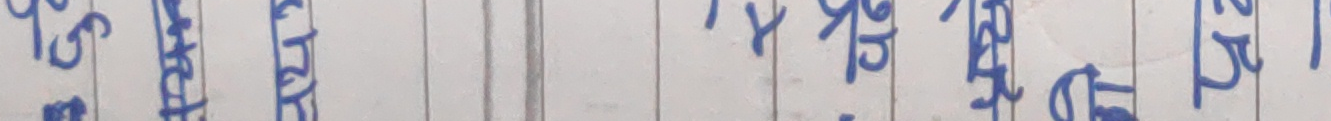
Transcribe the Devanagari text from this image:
मछ्यत्रटठडणढपर